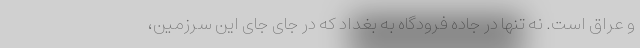
و عراق است. نه تنها در جاده فرودگاه به بغداد که در جای جای این سرزمین،